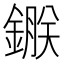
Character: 𨫇